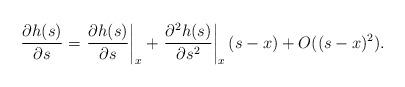
LaTeX: \begin{align*}\begin{aligned}\dfrac{\partial h(s)}{\partial s} &= \left.\dfrac{\partial h(s)}{\partial s}\right|_x + \left.\dfrac{\partial^2 h(s)}{\partial s^2}\right|_x(s-x)+ O((s-x)^2).\\\end{aligned}\end{align*}